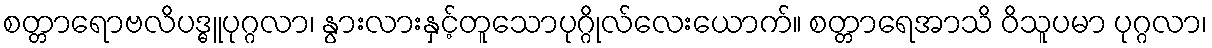
စတ္တာရောဗလိပဒ္ဓူပုဂ္ဂလာ၊ နွားလားနှင့်တူသောပုဂ္ဂိုလ်လေးယောက်။ စတ္တာရေအာသိ ဝိသူပမာ ပုဂ္ဂလာ၊